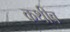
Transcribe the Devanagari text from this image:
कथीब